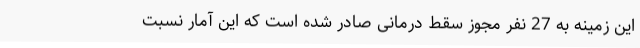
این زمینه به 27 نفر مجوز سقط درمانی صادر شده است که این آمار نسبت